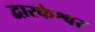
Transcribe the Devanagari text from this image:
द्वारकेश्वर